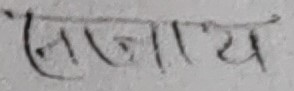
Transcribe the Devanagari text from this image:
साजाय